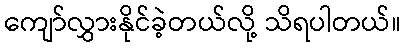
ကျော်လွှားနိုင်ခဲ့တယ်လို့ သိရပါတယ်။